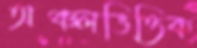
অঞ্চলভিত্তিক